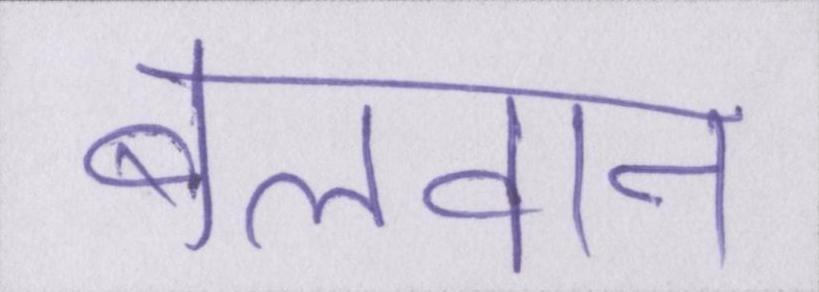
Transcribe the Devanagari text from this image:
बलवान